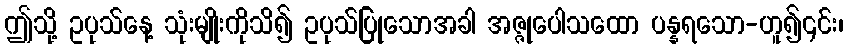
ဤသို့ ဥပုသ်နေ့ သုံးမျိုးကိုသိ၍ ဥပုသ်ပြုသောအခါ အဇ္ဇုပေါသထော ပန္နရသော-ဟူ၍၎င်း၊